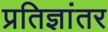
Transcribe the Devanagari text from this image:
प्रतिज्ञांतर